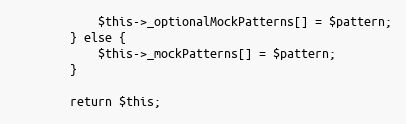
Language: PHP
            $this->_optionalMockPatterns[] = $pattern;
        } else {
            $this->_mockPatterns[] = $pattern;
        }

        return $this;